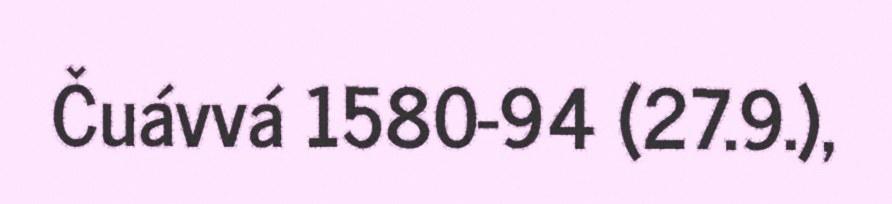
Čuávvá 1580-94 (27.9.),